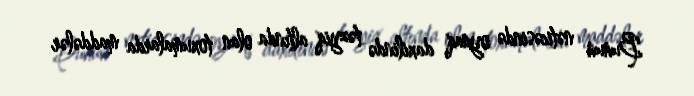
Bunun nəticəsində oynaq daxilində təzyiq altında olan toxumalarda maddələr